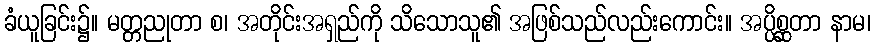
ခံယူခြင်း၌။ မတ္တညုတာ စ၊ အတိုင်းအရှည်ကို သိသောသူ၏ အဖြစ်သည်လည်းကောင်း။ အပ္ပိစ္ဆတာ နာမ၊